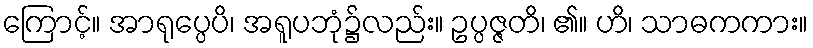
ကြောင့်။ အာရုပ္ပေပိ၊ အရူပဘုံ၌လည်း။ ဥပ္ပဇ္ဇတိ၊ ၏။ ဟိ၊ သာဓကကား။